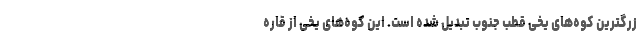
زرگترین کوه‌های یخی قطب جنوب تبدیل شده است. این کوه‌های یخی از قاره